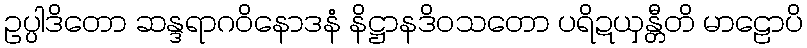
ဥပ္ပါဒိတော ဆန္ဒရာဂဝိနောဒနံ နိဋ္ဌာနဒိဝသတော ပရိဍယှန္တီတိ မာဠောပိ